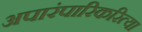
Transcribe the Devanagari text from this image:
अपारंपारिकरित्या